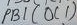
Text: PB1